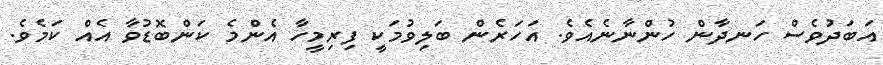
އަބަދުވެސް ހަނދާން ހުންނާނެއެވެ. އަހަރެން ބަލިވުމަކީ ފިރިމީހާ އެންމެ ކަންބޮޑުވާ އެއް ކަމެވެ.